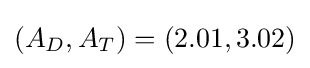
(A_{D},A_{T})=(2.01,3.02)